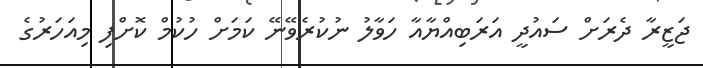
ޖަޒީރާ ދެރަށް ސައުދީ އަރަބިއްޔާއާ ހަވާލު ނުކުރެވޭނޭ ކަމަށް ހުކުމް ކޮށްފި މިއަހަރުގެ